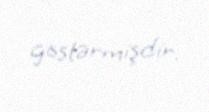
göstərmişdir.